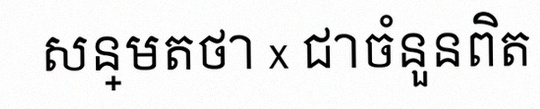
សន្មតថា x ជាចំនួនពិត